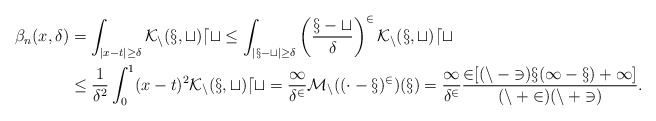
\begin{align*}\beta_n(x,\delta) &= \int_{|x-t| \ge \delta} \cal K_n(x,t) dt \le \int_{|x-t| \ge \delta} \left( \frac{x-t}{\delta} \right)^2 \cal K_n(x,t) dt \\& \le \frac{1}{\delta^2} \int_0^1 (x-t)^2 \cal K_n(x,t) dt = \frac{1}{\delta^2} M_n ((\cdot - x)^2)(x) = \frac{1}{\delta^2} \frac{2[ (n-3)x(1-x) + 1]}{(n+2)(n+3)}.\end{align*}